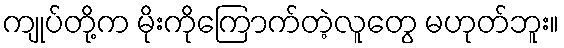
ကျုပ်တို့က မိုးကိုကြောက်တဲ့လူတွေ မဟုတ်ဘူး။